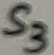
Text: S3